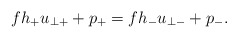
\begin{align*} fh_+u_{\perp +}+p_+=fh_-u_{\perp -}+p_-.\end{align*}